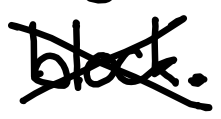
Text: blocks.
Cross-out: cross
Writing tool: digital_black